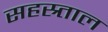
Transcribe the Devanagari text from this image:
सहस्र्ताल